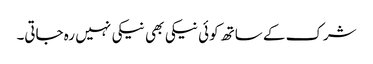
شرک کے ساتھ کوئی نیکی بھی نیکی نہیں رہ جاتی۔